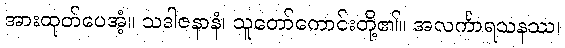
အားထုတ်ပေအံ့။ သဒါဇနာနံ၊ သူတော်ကောင်းတို့၏။ အလင်္ကာရသနဿ၊